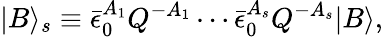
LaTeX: |B\rangle_{s}\equiv\bar{\epsilon}_{0}^{A_{1}}Q^{-A_{1}}\cdots\bar{\epsilon}_{0}^{A_{s}}Q^{-A_{s}}|B\rangle,